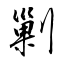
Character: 剿